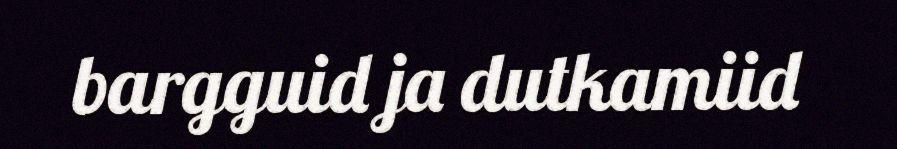
bargguid ja dutkamiid